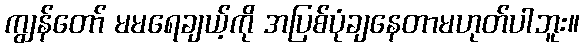
ကျွန်တော် မမရေချယ့်ကို အပြစ်ပုံချနေတာမဟုတ်ပါဘူး။